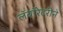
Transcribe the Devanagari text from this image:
लॅबॉरेटरीने